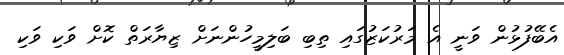
އެބޭފުޅުން ވަނީ އެ މަރުކަޒުގައި ތިބި ބަލިމީހުންނަށް ޒިޔާރަތް ކޮށް ވަކި ވަކި